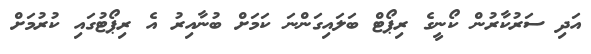
އަދި ސަރުކާރުން ކޯނީގެ ރިޕޯޓް ބަލައިގަންނަ ކަމަށް ބުނާއިރު އެ ރިޕޯޓުގައި ކުރުމަށް